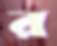
র